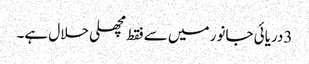
3دریائی جانور میں سے فقط مچھلی حلال ہے۔